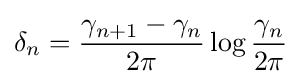
\delta _{n}={\frac {\gamma _{n+1}-\gamma _{n}}{2\pi }}\,{\log {\frac {\gamma _{n}}{2\pi }}}